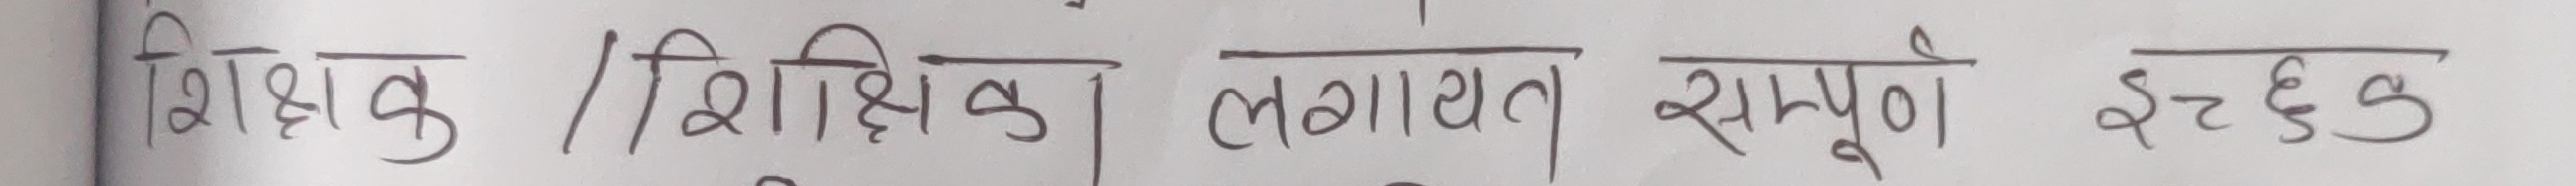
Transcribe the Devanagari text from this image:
शिक्षक / शिक्षिका लगायत सम्पुर्ण इच्छुक